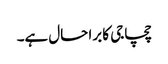
چچاجی کا برا حال ہے۔